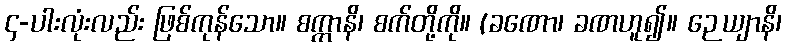
၄-ပါးလုံးလည်း ဖြစ်ကုန်သော။ စက္ကာနိ၊ စက်တို့ကို။ (ခဏော၊ ခဏဟူ၍။ ဉေယျာနိ၊